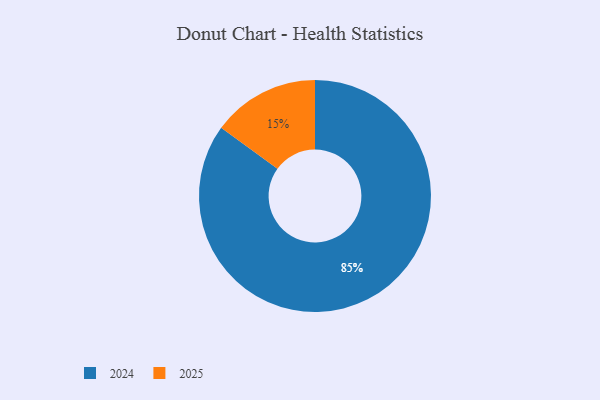
{"axis": {"x": "Category", "y": "Percentage"}, "legend": ["2024", "2025"], "data": [{"x": "2025", "y": 15, "type": "2025"}, {"x": "2024", "y": 85, "type": "2024"}]}